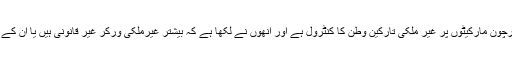
اس کے مصنف سعد الدوسری نے اس حقیقت کا رونا رویا ہے کہ پرچون مارکیٹوں پر غیر ملکی تارکینِ وطن کا کنٹرول ہے اور انھوں نے لکھا ہے کہ بیشتر غیرملکی ورکر غیر قانونی ہیں یا ان کے پاس سعودی عرب میں کام کے لیے ضروری دستاویزات نہیں ہیں۔